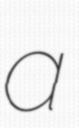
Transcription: a